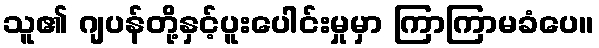
သူ၏ ဂျပန်တို့နှင့်ပူးပေါင်းမှုမှာ ကြာကြာမခံပေ။